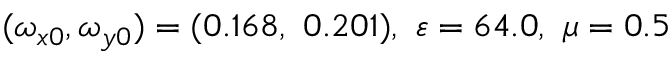
( \omega _ { x 0 } , \omega _ { y 0 } ) = ( 0 . 1 6 8 , \ 0 . 2 0 1 ) , \ \varepsilon = 6 4 . 0 , \ \mu = 0 . 5